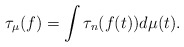
\begin{align*}\tau_\mu(f)=\int\tau_n(f(t))d\mu(t).\end{align*}